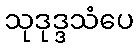
သုဒုဒ္ဒသံပေ